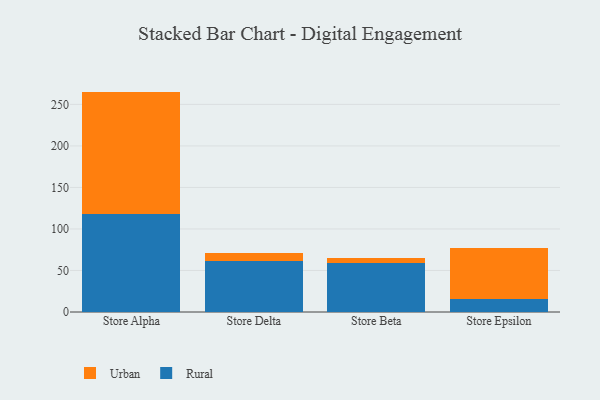
{"axis": {"x": "Store", "y": "Bounce Rate (%)"}, "legend": ["Rural", "Urban"], "data": [{"x": "Store Alpha", "y": 118.2, "type": "Rural"}, {"x": "Store Alpha", "y": 147.2, "type": "Urban"}, {"x": "Store Delta", "y": 62.0, "type": "Rural"}, {"x": "Store Delta", "y": 9.0, "type": "Urban"}, {"x": "Store Beta", "y": 58.6, "type": "Rural"}, {"x": "Store Beta", "y": 6.0, "type": "Urban"}, {"x": "Store Epsilon", "y": 15.5, "type": "Rural"}, {"x": "Store Epsilon", "y": 61.6, "type": "Urban"}]}